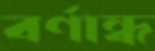
বর্ণান্ধ